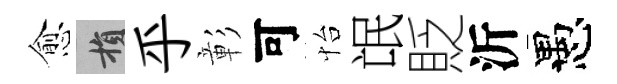
愈損乎彰可怡氓貶沂愚